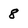
Character: 8